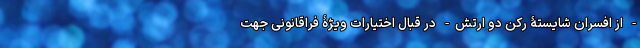
- از افسرانِ شایستۀ رکن دو ارتش- در قبال اختیارات ویژۀ فراقانونی جهت